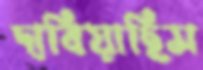
দাবিয়াছিস